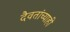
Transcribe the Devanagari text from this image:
दैवतांच्याही